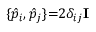
\{ \hat { p } _ { i } , \hat { p } _ { j } \} { = } 2 \delta _ { i j } \mathbf { I }